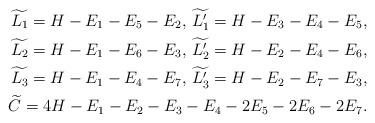
LaTeX: \begin{align*}\widetilde{L_1} = H-E_1-E_5-E_2,\, \widetilde{L_1'} = H-E_3-E_4-E_5, \\\widetilde{L_2} = H- E_1-E_6-E_3,\, \widetilde{L_2'} = H-E_2-E_4-E_6, \\\widetilde{L_3} = H- E_1-E_4-E_7,\, \widetilde{L_3'} = H-E_2-E_7-E_3, \\\widetilde{C} = 4H- E_1- E_2- E_3- E_4 - 2E_5 - 2E_6 - 2E_7.\end{align*}